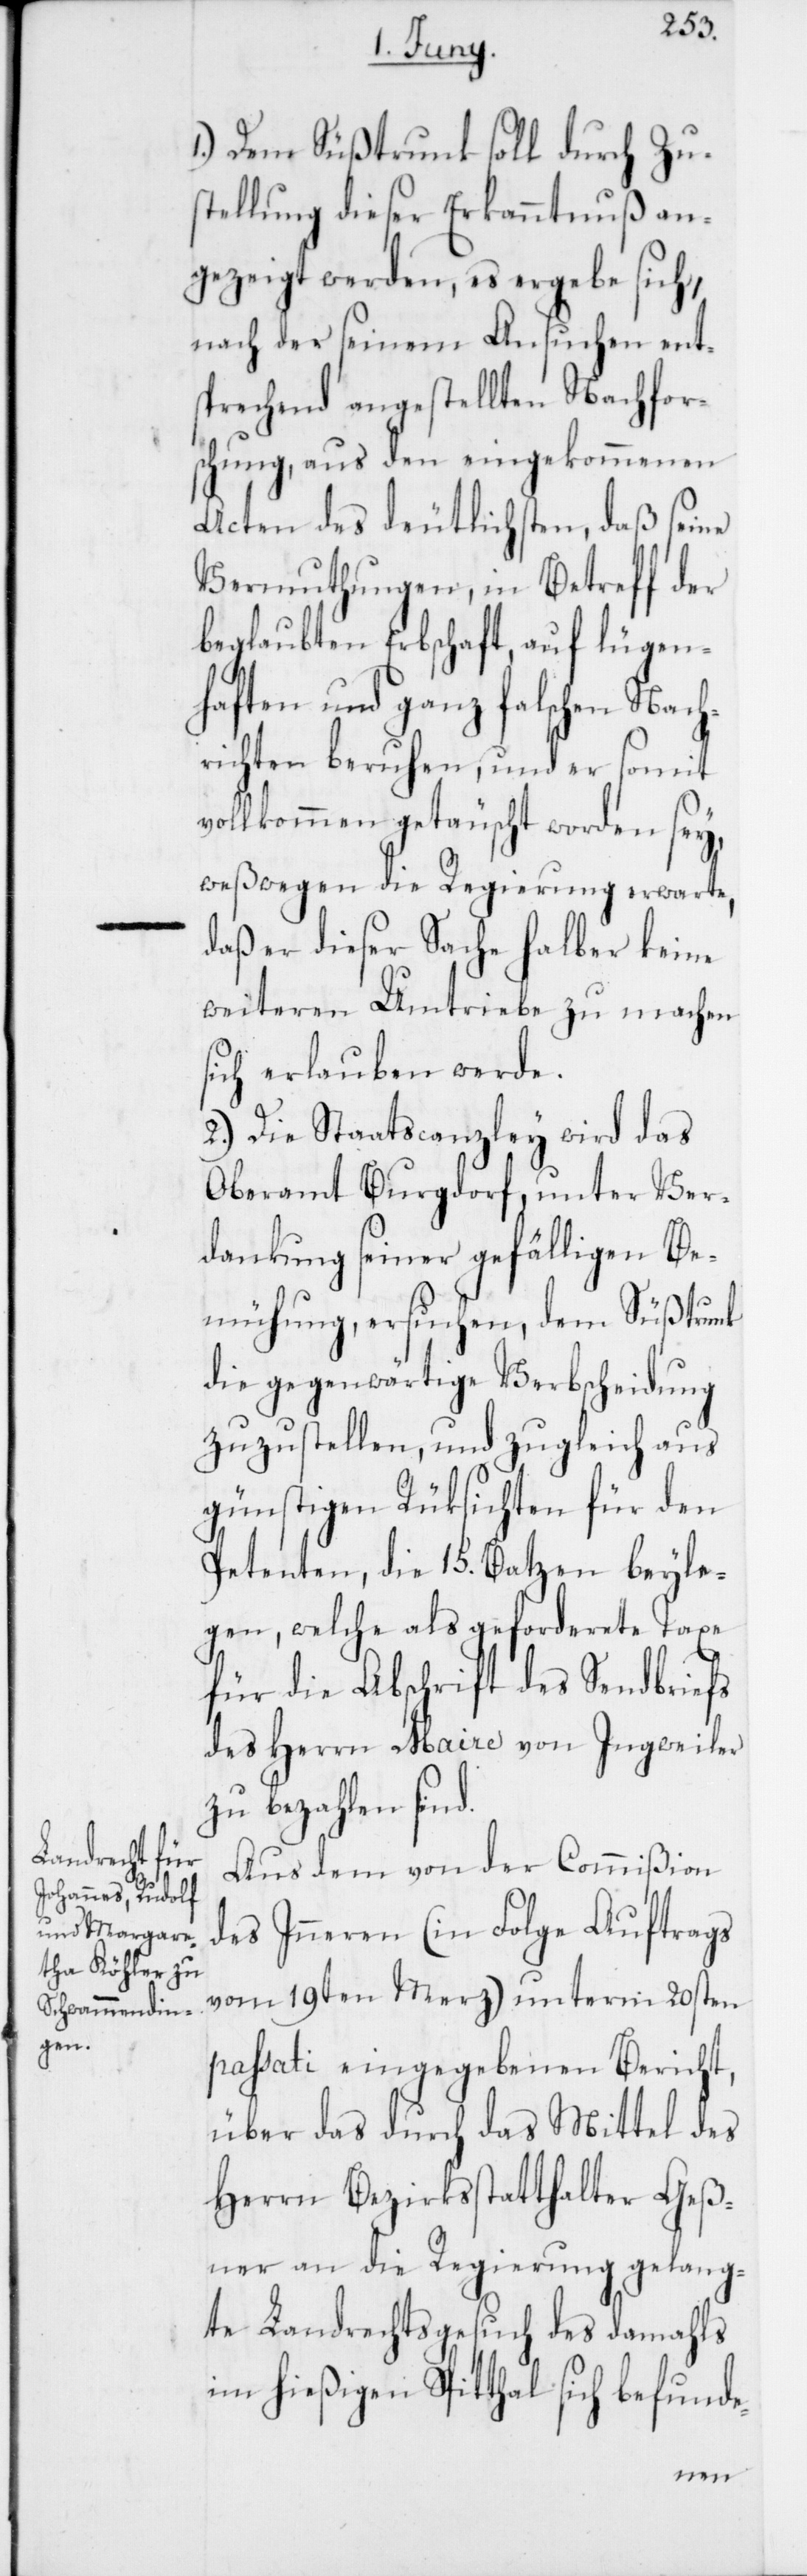
1.) Dem Süßtrunk soll durch Zus¬
tellung dieser Erkanntnuß an¬
gezeigt werden, es ergebe sich,
nach der seinem Ansuchen ent¬
sprechend angestellten Nachfor¬
schung, aus den eingekommenen
Acten des deutlichsten, daß seine
Vermuthungen, in Betreff der
beglaubten Erbschaft, auf lügen¬
haften und ganz falschen Nach¬
richten beruhen, und er somit
vollkommen getäuscht worden sey,
weßwegen die Regierung erwarte,
daß er dieser Sache halber keine
weiteren Umtriebe zu machen
sich erlauben werde.
2.) Die Staatscanzley wird das
Oberamt Burgdorf, unter Ver¬
dankung seiner gefälligen Be¬
mühung, ersuchen, dem Süßtrunk
die gegenwärtige Verbscheidung
zuzustellen, und zugleich aus
günstigen Rüksichten für den
Petenten, die 15. Batzen beyle¬
gen, welche als geforderete Taxe
für die Abschrift des Sendbriefs
des Herrn Maire von Ingweiler
zu bezahlen sind.
Aus dem von der Commißion
des Inneren (in Folge Auftrags
vom 19ten Merz) unterm 20sten
passati eingegebenen Bericht,
über das durch das Mittel des
Herrn Bezirksstatthalter Geß¬
ner an die Regierung gelang¬
te Landrechtsgesuch des damahls
im hießigen Spital sich befunde-